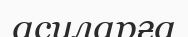
асуларға